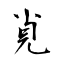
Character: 覍